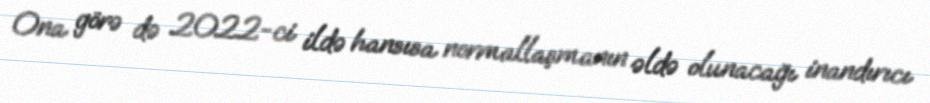
Ona görə də 2022-ci ildə hansısa normallaşmanın əldə olunacağı inandırıcı